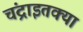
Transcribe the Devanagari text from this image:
चंद्राइतक्या